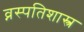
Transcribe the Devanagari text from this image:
व्नस्पतिशास्त्र